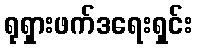
ရုရှားဖက်ဒရေးရှင်း